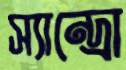
স্যান্দ্রো